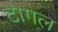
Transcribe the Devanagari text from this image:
टोगल